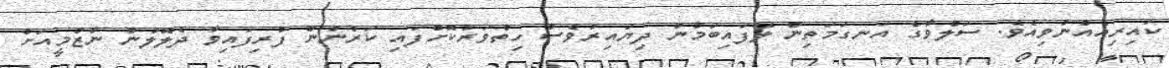
ކައިރިއެއްނުވިއެވެ. ސަލްވާގެ އަނގަމަތިން ލޭފައިބަމުން ދިޔައިރުވެސް ހިތްވަރުކޮށްފައި ކަރުނުން ފުރިފައިވާ ދެލޮލުން ނާޒްމީއަށް